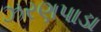
ઝરણપાડા